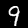
Label: 9